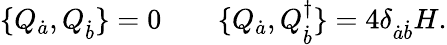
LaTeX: \{ Q_{\dot{a}},Q_{\dot{b}}\} =0\qquad\{ Q_{\dot{a}},Q_{\dot{b}}^{\dagger}\} =4\delta_{\dot{a}\dot{b}}H.